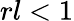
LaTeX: rl<1